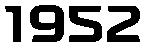
1952